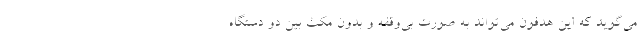
می‌گوید که این هدفون می‌تواند به صورت بی‌وقفه و بدون مکث بین دو دستگاه